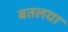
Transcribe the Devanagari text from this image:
बतलया